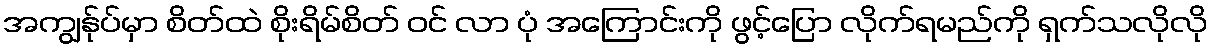
အကျွန်ုပ်မှာ စိတ်ထဲ စိုးရိမ်စိတ် ဝင် လာ ပုံ အကြောင်းကို ဖွင့်ပြော လိုက်ရမည်ကို ရှက်သလိုလို